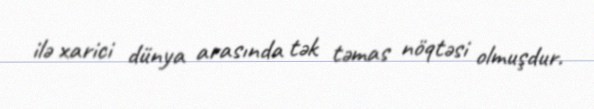
ilə xarici dünya arasında tək təmas nöqtəsi olmuşdur.